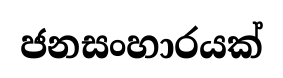
ජනසංහාරයක්